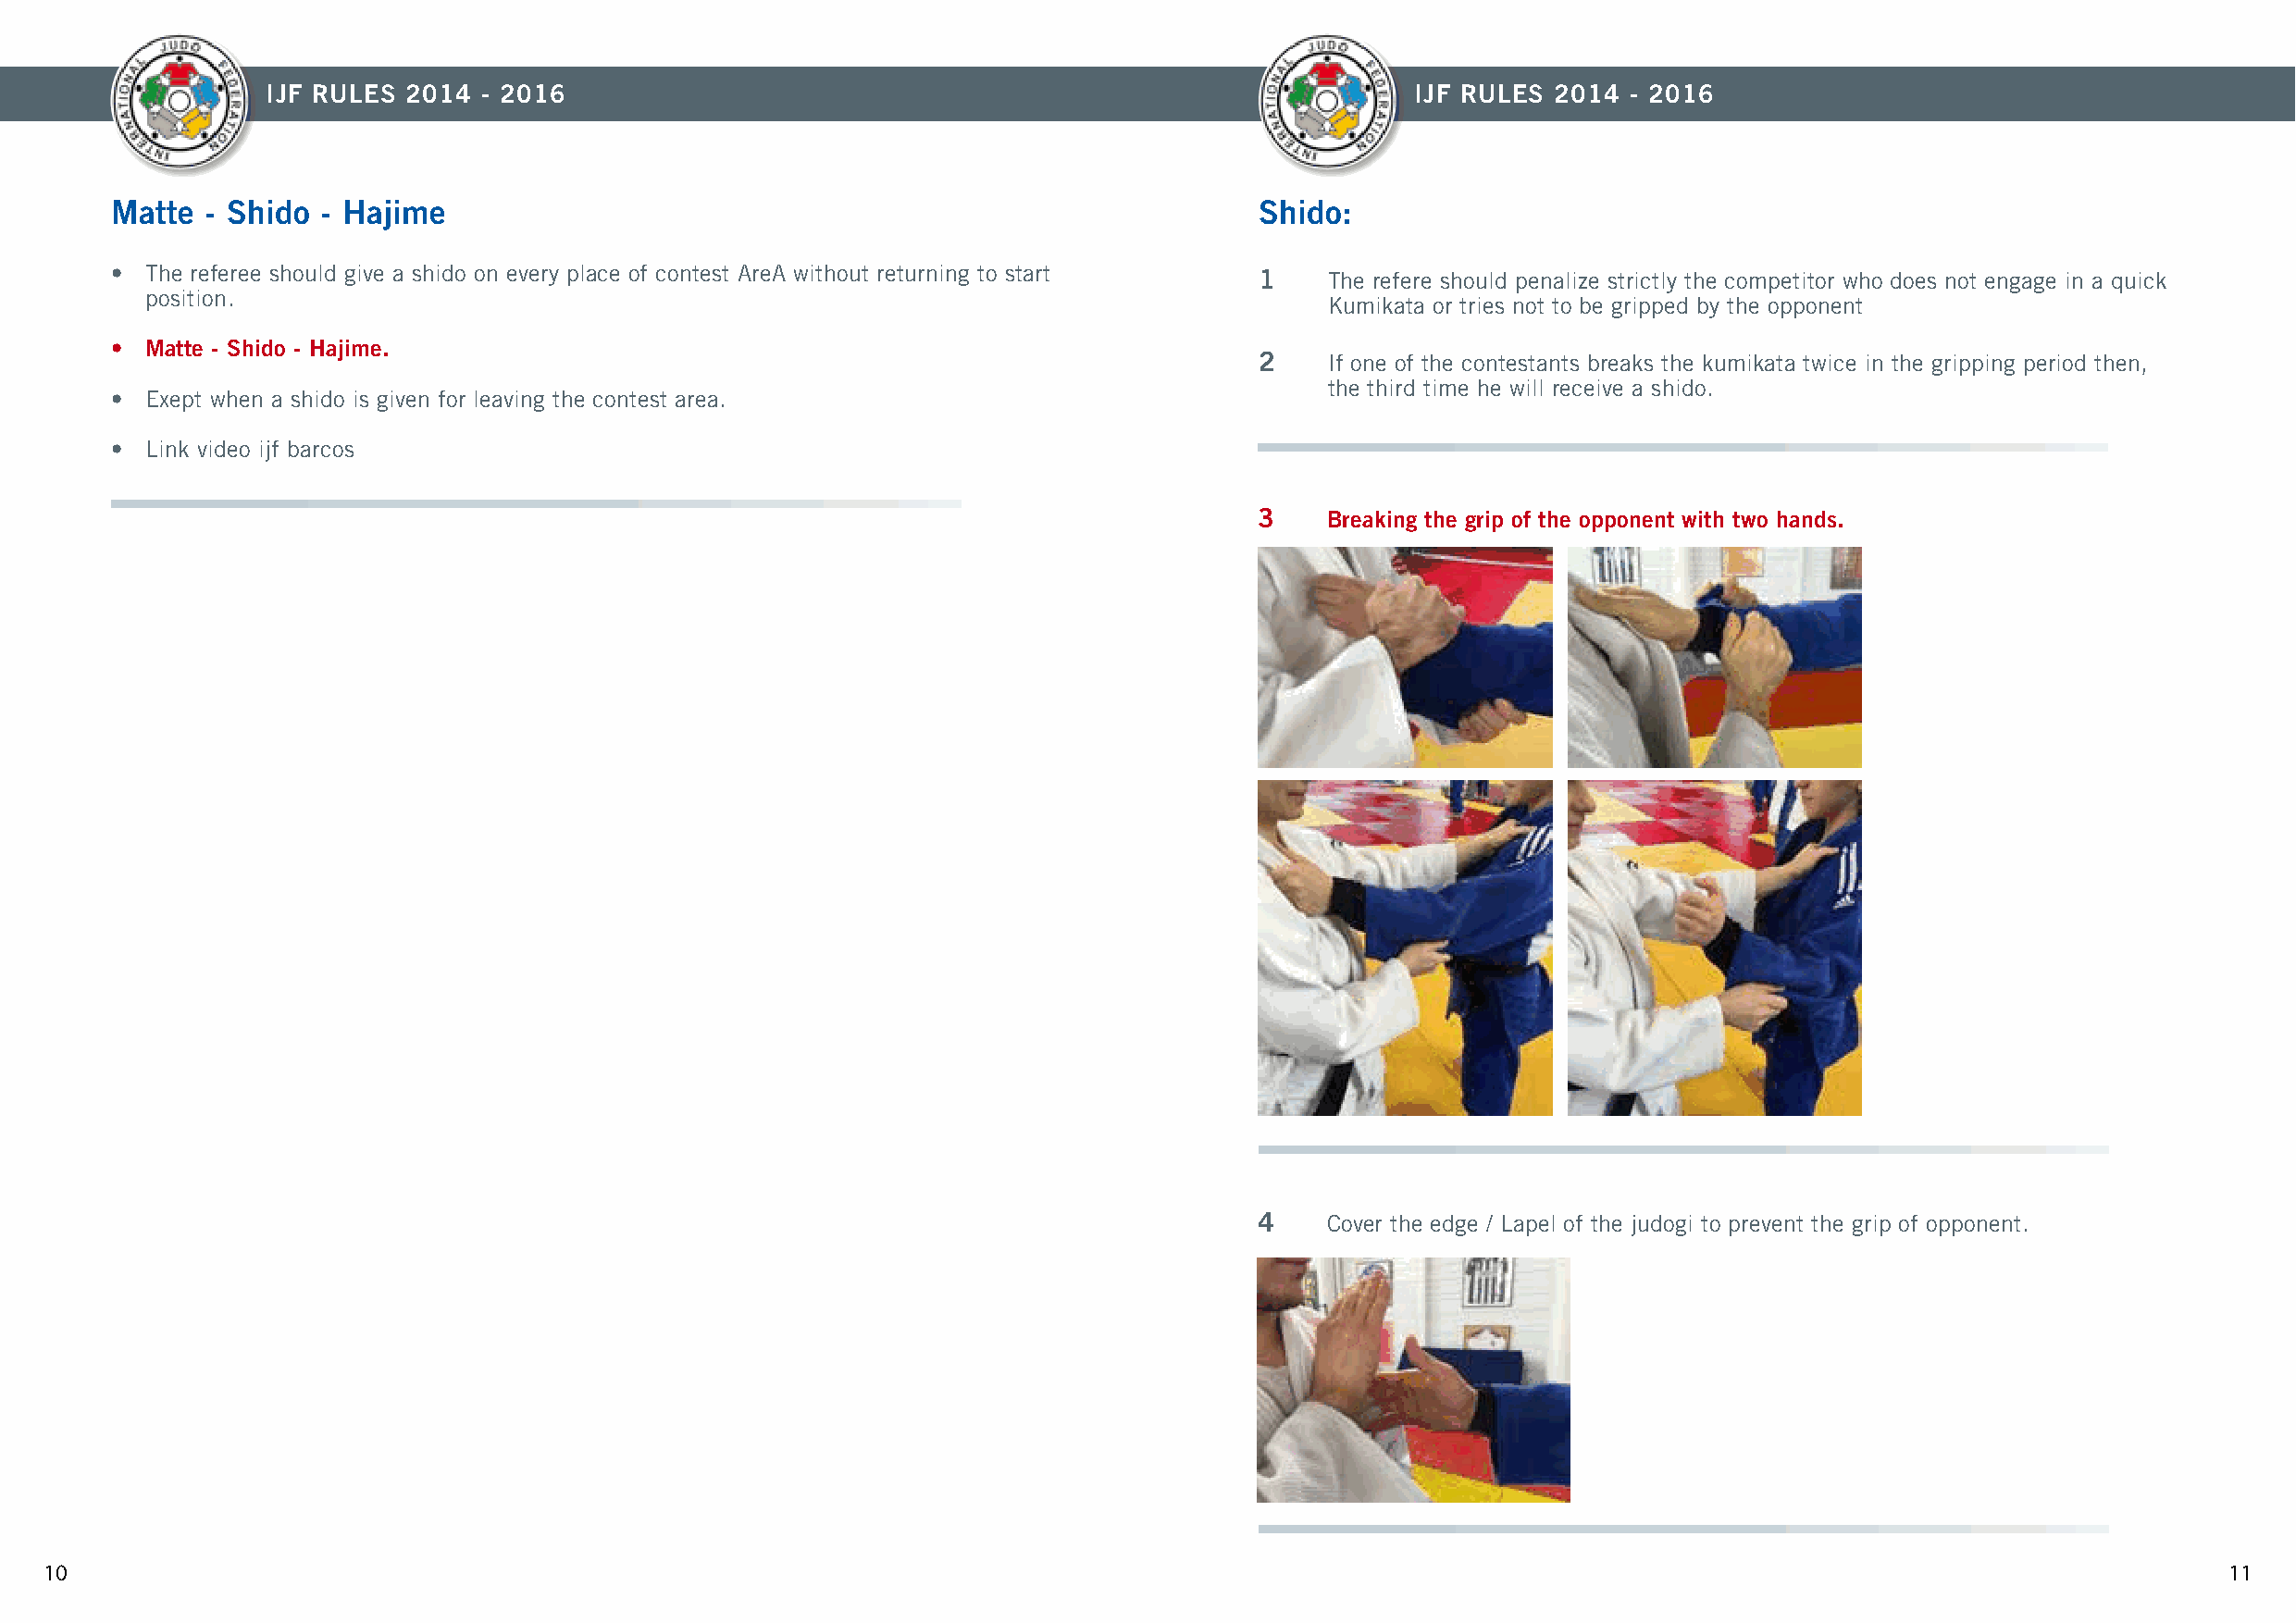
IJF RULES 2014 - 2016                                                             IJF RULES 2014  - 2016
 Matte  - Shido - Hajime                                                           Shido:
 • The referee should give a shido on every place of contest AreA without returning to start 1 The refere should penalize strictly the competitor who does not engage in a quick
 position.
 Kumikata or tries not to be gripped by the opponent
 • Matte - Shido - Hajime.
 2    If one of the contestants breaks the kumikata twice in the gripping period then,
 the third time he will receive a shido.
 • Exept when a shido is given for leaving the contest area.
 • Link video ijf barcos
 3    Breaking the grip of the opponent with two hands.
 4    Cover the edge / Lapel of the judogi to prevent the grip of opponent.
 10                                                                                                                                                          11